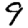
Digit: 9